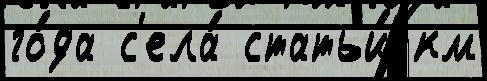
го́да с'ела́ статьи́ км